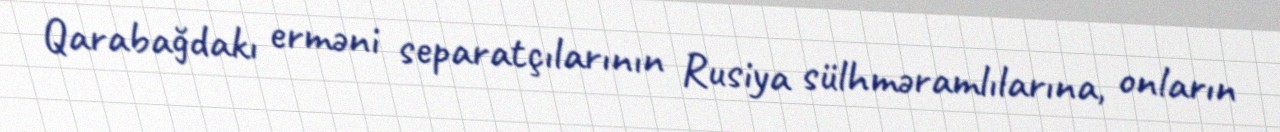
Qarabağdakı erməni separatçılarının Rusiya sülhməramlılarına, onların